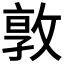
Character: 𭣾